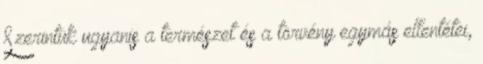
Szerintük ugyanis a természet és a törvény egymás ellentétei,